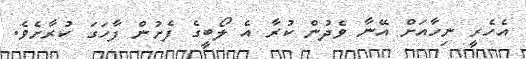
އެހެރީ ނިހާއަށް އޭނާ ވެދުން ކުރާ އެ ލޯބީގެ ފެށުން ފާހަގަ ކުރާށެވެ.